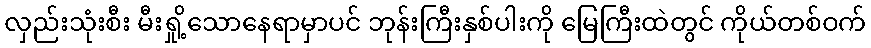
လှည်းသုံးစီး မီးရှို့သောနေရာမှာပင် ဘုန်းကြီးနှစ်ပါးကို မြေကြီးထဲတွင် ကိုယ်တစ်ဝက်